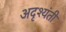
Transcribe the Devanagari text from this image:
अदृश्यंती